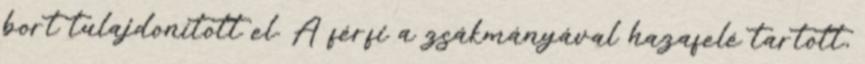
bort tulajdonított el. A férfi a zsákmányával hazafelé tartott,